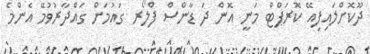
ދޫކޮށްލައިފިއޭ ކޮރަޕްޓް މަނީ އޮން ދަ ޑާންސް ފްލޯރ ގައުމަށް ގައްދާރުވުމޭ އެންމެ